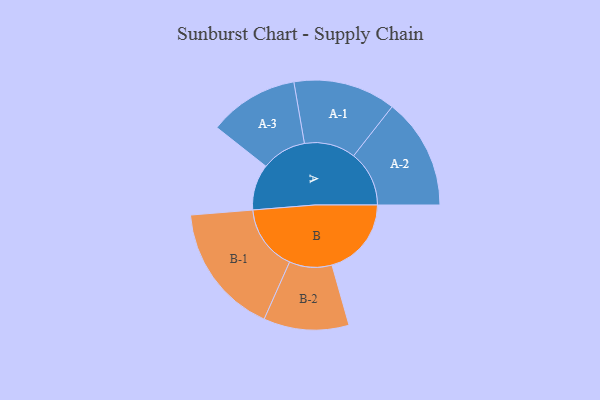
{"axis": {"x": "Segment", "y": "Value"}, "legend": ["", "A", "B"], "data": [{"x": "A", "y": 181, "type": ""}, {"x": "B", "y": 313, "type": ""}, {"x": "A-1", "y": 202, "type": "A"}, {"x": "A-2", "y": 219, "type": "A"}, {"x": "A-3", "y": 177, "type": "A"}, {"x": "B-1", "y": 259, "type": "B"}, {"x": "B-2", "y": 168, "type": "B"}]}